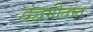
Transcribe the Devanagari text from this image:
द्वंद्वगीतात